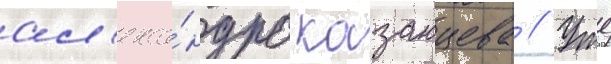
ал'екса́ндра казанцева // Уже